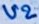
Text: U2